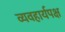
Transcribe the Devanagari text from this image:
व्यवहार्यपक्ष